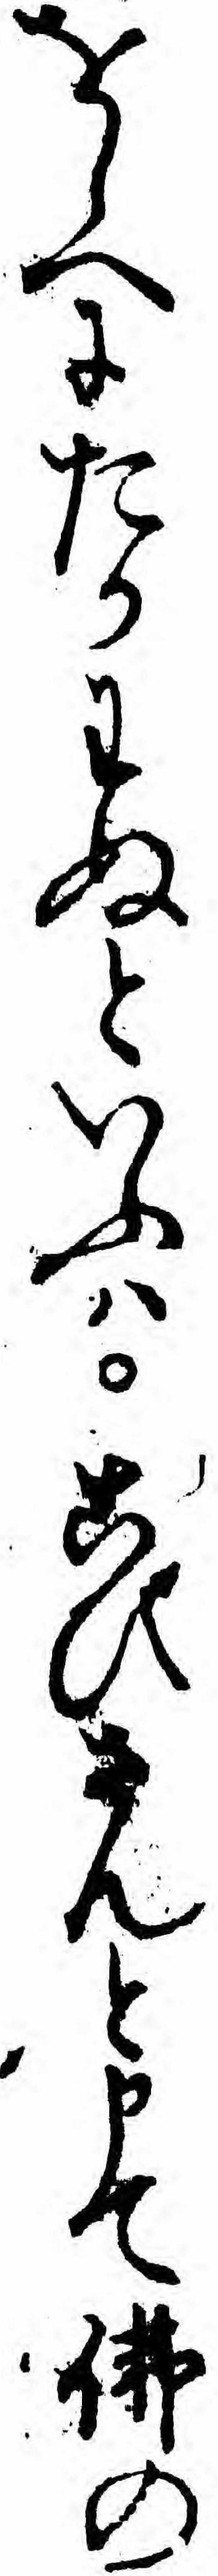
をしへにたかわぬといふハこひさんと申て仏の